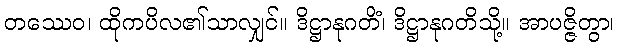
တဿေဝ၊ ထိုကပိလ၏သာလျှင်။ ဒိဋ္ဌာနုဂတိံ၊ ဒိဋ္ဌာနုဂတိသို့။ အာပဇ္ဇိတွာ၊